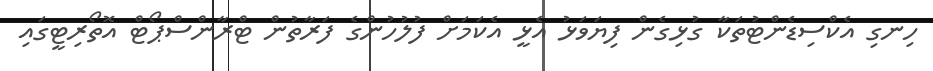
ހިނގި އެކްސިޑެންޓުތަކާ ގުޅިގެން ފިޔަވަޅު އެޅީ އެކަމަށް ފުލުހުންގެ ފަރާތުން ޓްރާންސްޕޯޓް އޮތޯރިޓީގައި